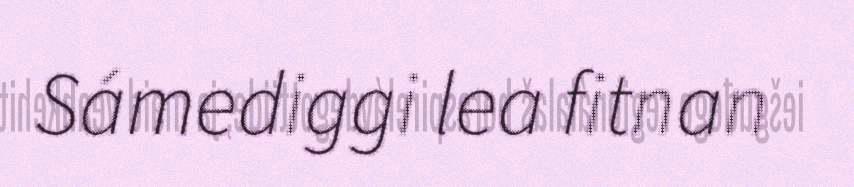
Sámediggi lea fitnan